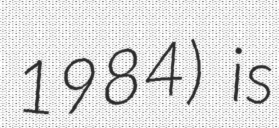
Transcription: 1984) is